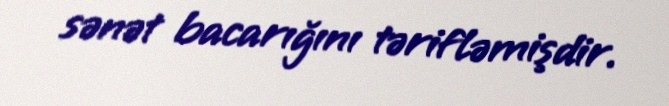
sənət bacarığını tərifləmişdir.